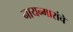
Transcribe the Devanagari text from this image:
नायन्मारांचे